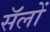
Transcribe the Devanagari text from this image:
सॅलों